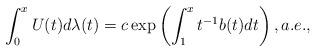
LaTeX: \begin{align*}\int_{0}^{x}U(t)d\lambda (t)=c\exp \left( \int_{1}^{x}t^{-1}b(t)dt\right), a.e.,\end{align*}